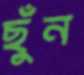
ছুঁন